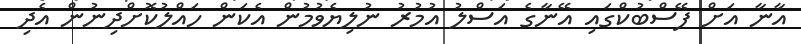
އާނާ އަށް ފޭސްބުކްގައި އޭނާގެ އަސްލު އުމުރު ނުލިޔެވުމުން އެކަން ހައްލުކޮށްދިނުން އެދި